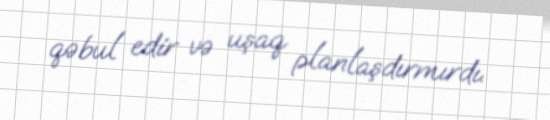
qəbul edir və uşaq planlaşdırmırdı.